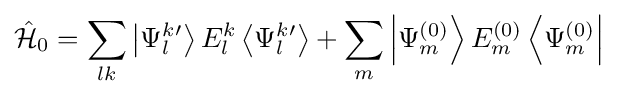
{\hat {\mathcal {H}}}_{0}=\sum _{lk}\left|\Psi _{l}^{k}{}^{\prime }\right\rangle E_{l}^{k}\left\langle \Psi _{l}^{k}{}^{\prime }\right\rangle +\sum _{m}\left|\Psi _{m}^{(0)}\right\rangle E_{m}^{(0)}\left\langle \Psi _{m}^{(0)}\right|